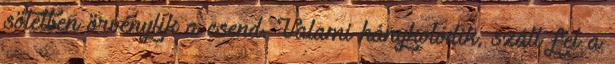
sötétben örvénylik a csend. Valami hánykolódik, száll fel a